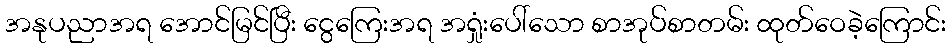
အနုပညာအရ အောင်မြင်ပြီး ငွေကြေးအရ အရှုံးပေါ်သော စာအုပ်စာတမ်း ထုတ်ဝေခဲ့ကြောင်း